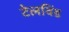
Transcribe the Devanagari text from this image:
टेलविंड